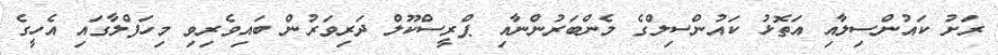
ރަށު ކައުންސިލާއި އަތޮޅު ކައުންސިލްގެ މެންބަރުންނާއި ޕްރީސްކޫލް ދަރިވަރުން ބައިވެރިވި މިހަފްލާގައި އެހީގެ